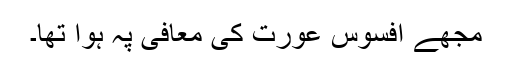
مجھے افسوس عورت کی معافی پہ ہوا تھا۔